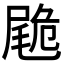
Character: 𡳀